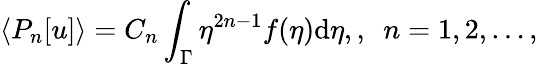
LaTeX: \langle P_{n}[u]\rangle=C_{n}\int_{\Gamma}\eta^{2n-1}f(\eta)\mathrm{d}\eta,,\ \ n=1,2,\dots,